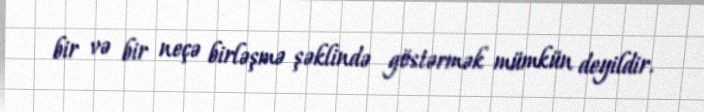
bir və bir neçə birləşmə şəklində göstərmək mümkün deyildir.